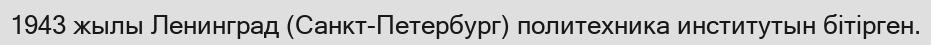
1943 жылы Ленинград (Санкт-Петербург) политехника институтын бітірген.